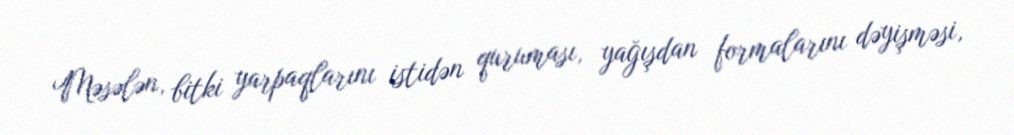
Məsələn, bitki yarpaqlarını istidən quruması, yağışdan formalarını dəyişməsi,